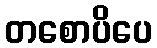
တစောပိပေ